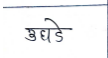
मजकूर: उघडे